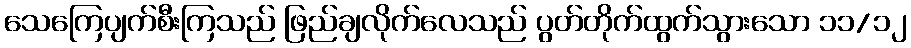
သေကြေပျက်စီးကြသည် ဖြည်ချလိုက်လေသည် ပွတ်တိုက်ထွက်သွားသော ၁၁/၁၂